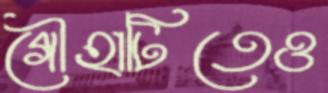
গৌহাটিতেও